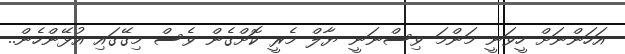
އަހަންނަށް ހީވަނީ މަންމަ ވިސްނަނީ ޔާލް މެރީ ކޮށްގެން ވެސް މިގޭގައި އުޅޭންހެން..